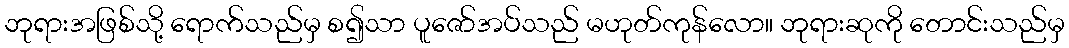
ဘုရားအဖြစ်သို့ ရောက်သည်မှ စ၍သာ ပူဇော်အပ်သည် မဟုတ်ကုန်လော။ ဘုရားဆုကို တောင်းသည်မှ